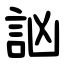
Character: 訩